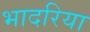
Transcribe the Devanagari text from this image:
भादरिया